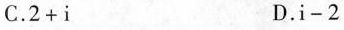
C.$$2 + i$$ D.$$i - 2$$